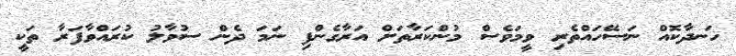
ހަނދާކޮއް ނަސޭހައްތެރި ވީމަވެސް މުންކަރާތަށް އަރާގެންފި ނަމަ ދެން ސުވާލު ކުރައްވާފަރާ ތަކީ